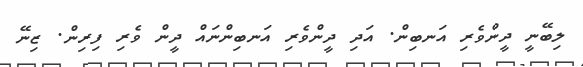
ލިބޭނީ ދީންވެރި އަނބިން. އަދި ދީންވެރި އަނބިންނައް ދީން ވެރި ފިރިން. ޒިނޭ